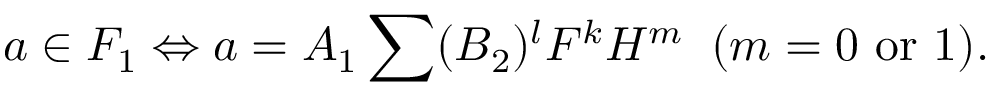
a \in F _ { 1 } \Leftrightarrow a = A _ { 1 } \sum ( B _ { 2 } ) ^ { l } F ^ { k } H ^ { m } \; \; ( m = 0 \mathrm { ~ o r ~ } 1 ) .